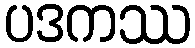
ပဒကဿ